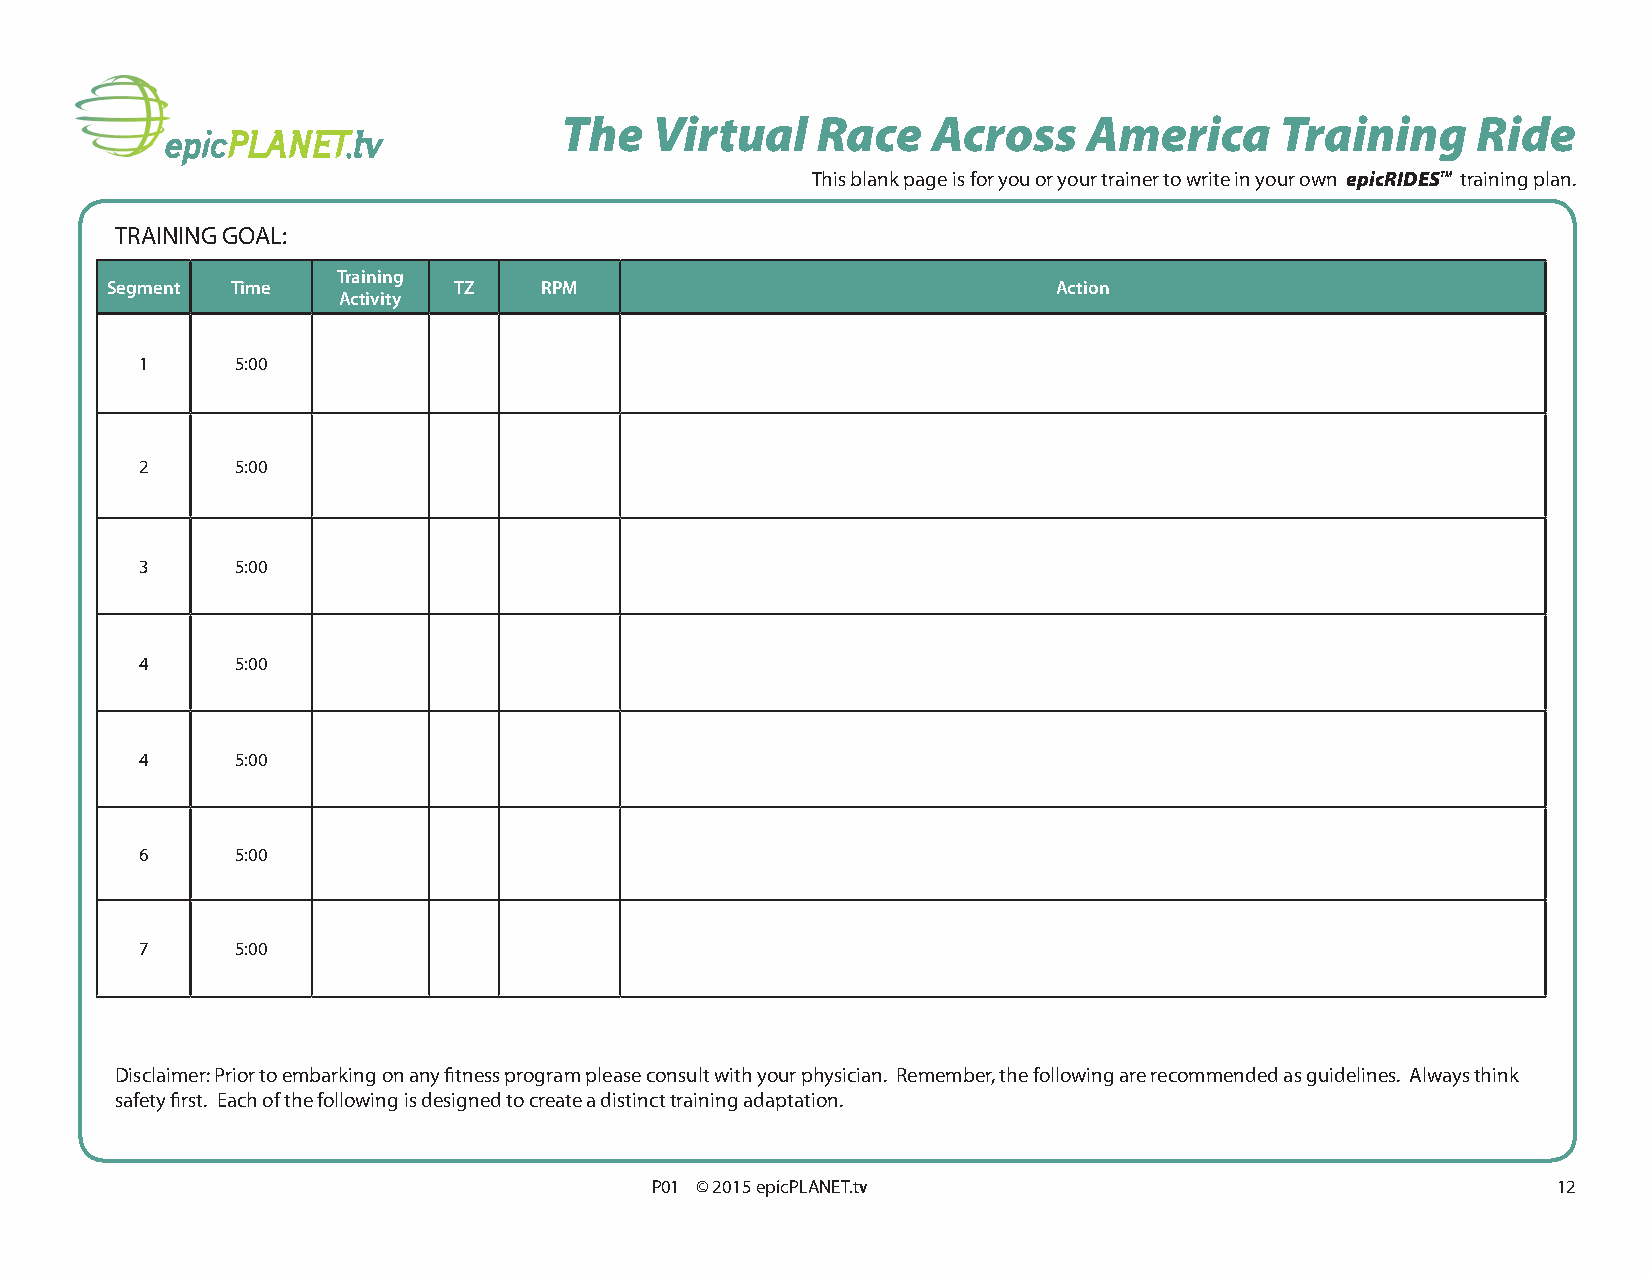
The   Virtual    Race    Across    America      Training     Ride
 This blank page is for you or your trainer to write in your own epicRIDESTM training plan.
 TRAINING GOAL:
 Training
 Segment Time           TZ    RPM                               Action
 Activity
 1      5:00
 2      5:00
 3      5:00
 4      5:00
 4      5:00
 6      5:00
 7      5:00
 Disclaimer: Prior to embarking on any fitness program please consult with your physician. Remember, the following are recommended as guidelines. Always think
 safety first. Each of the following is designed to create a distinct training adaptation.
 P01 © 2015 epicPLANET.tv                                    12